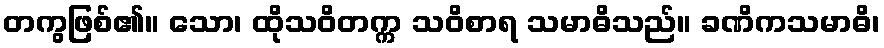
တကွဖြစ်၏။ သော၊ ထိုသဝိတက္က သဝိစာရ သမာဓိသည်။ ခဏိကသမာဓိ၊